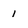
Character: 1